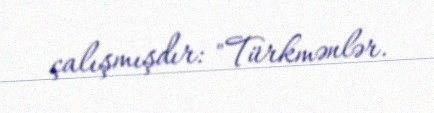
çalışmışdır: "Türkmənlər.